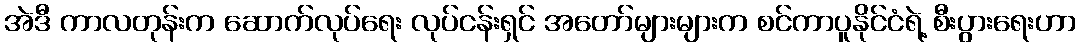
အဲဒီ ကာလတုန်းက ဆောက်လုပ်ရေး လုပ်ငန်းရှင် အတော်များများက စင်ကာပူနိုင်ငံရဲ့ စီးပွားရေးဟာ